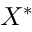
X ^ { * }